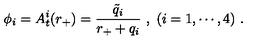
\phi _ { i } = A _ { t } ^ { i } ( r _ { + } ) = { \frac { \tilde { q } _ { i } } { r _ { + } + q _ { i } } } \ , \ ( i = 1 , \cdots , 4 ) \ .